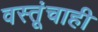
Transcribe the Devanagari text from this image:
वस्तूंचाही